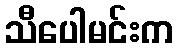
သီပေါမင်းက